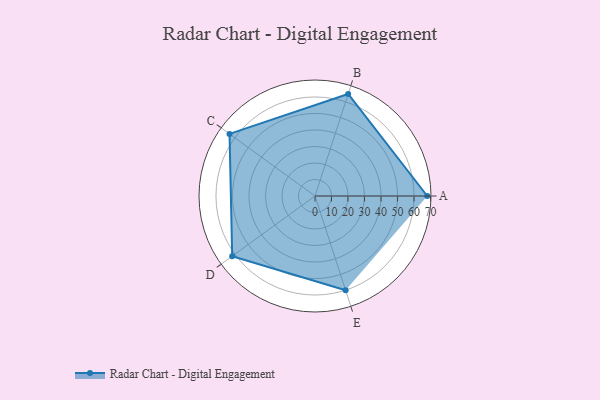
{"axis": {"x": "Skill", "y": "Score"}, "legend": ["Profile"], "data": [{"x": "A", "y": 68.0, "type": "Profile"}, {"x": "B", "y": 65.0, "type": "Profile"}, {"x": "C", "y": 64.0, "type": "Profile"}, {"x": "D", "y": 62.0, "type": "Profile"}, {"x": "E", "y": 60.0, "type": "Profile"}]}